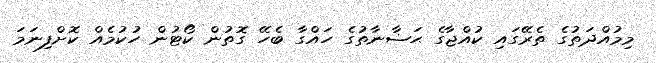
މިމުއްދަތުގެ ތެރޭގައި ކުއްޖާގެ ޙަޟާނާތުގެ ހައްގާ ބެހޭ ގޮތުން ކޯޓުން ހުކުމެއް ކޮށްފިނަމަ